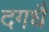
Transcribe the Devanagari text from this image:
दगधै